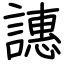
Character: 譓